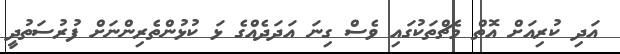
އަދި ކުރިއަށް އޮތް މެޗްތަކުގައި ވެސް ގިނަ އަދަދެއްގެ ޅަ ކުޅުންތެރިންނަށް ފުރުސަތުދީ